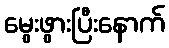
မွေးဖွားပြီးနောက်